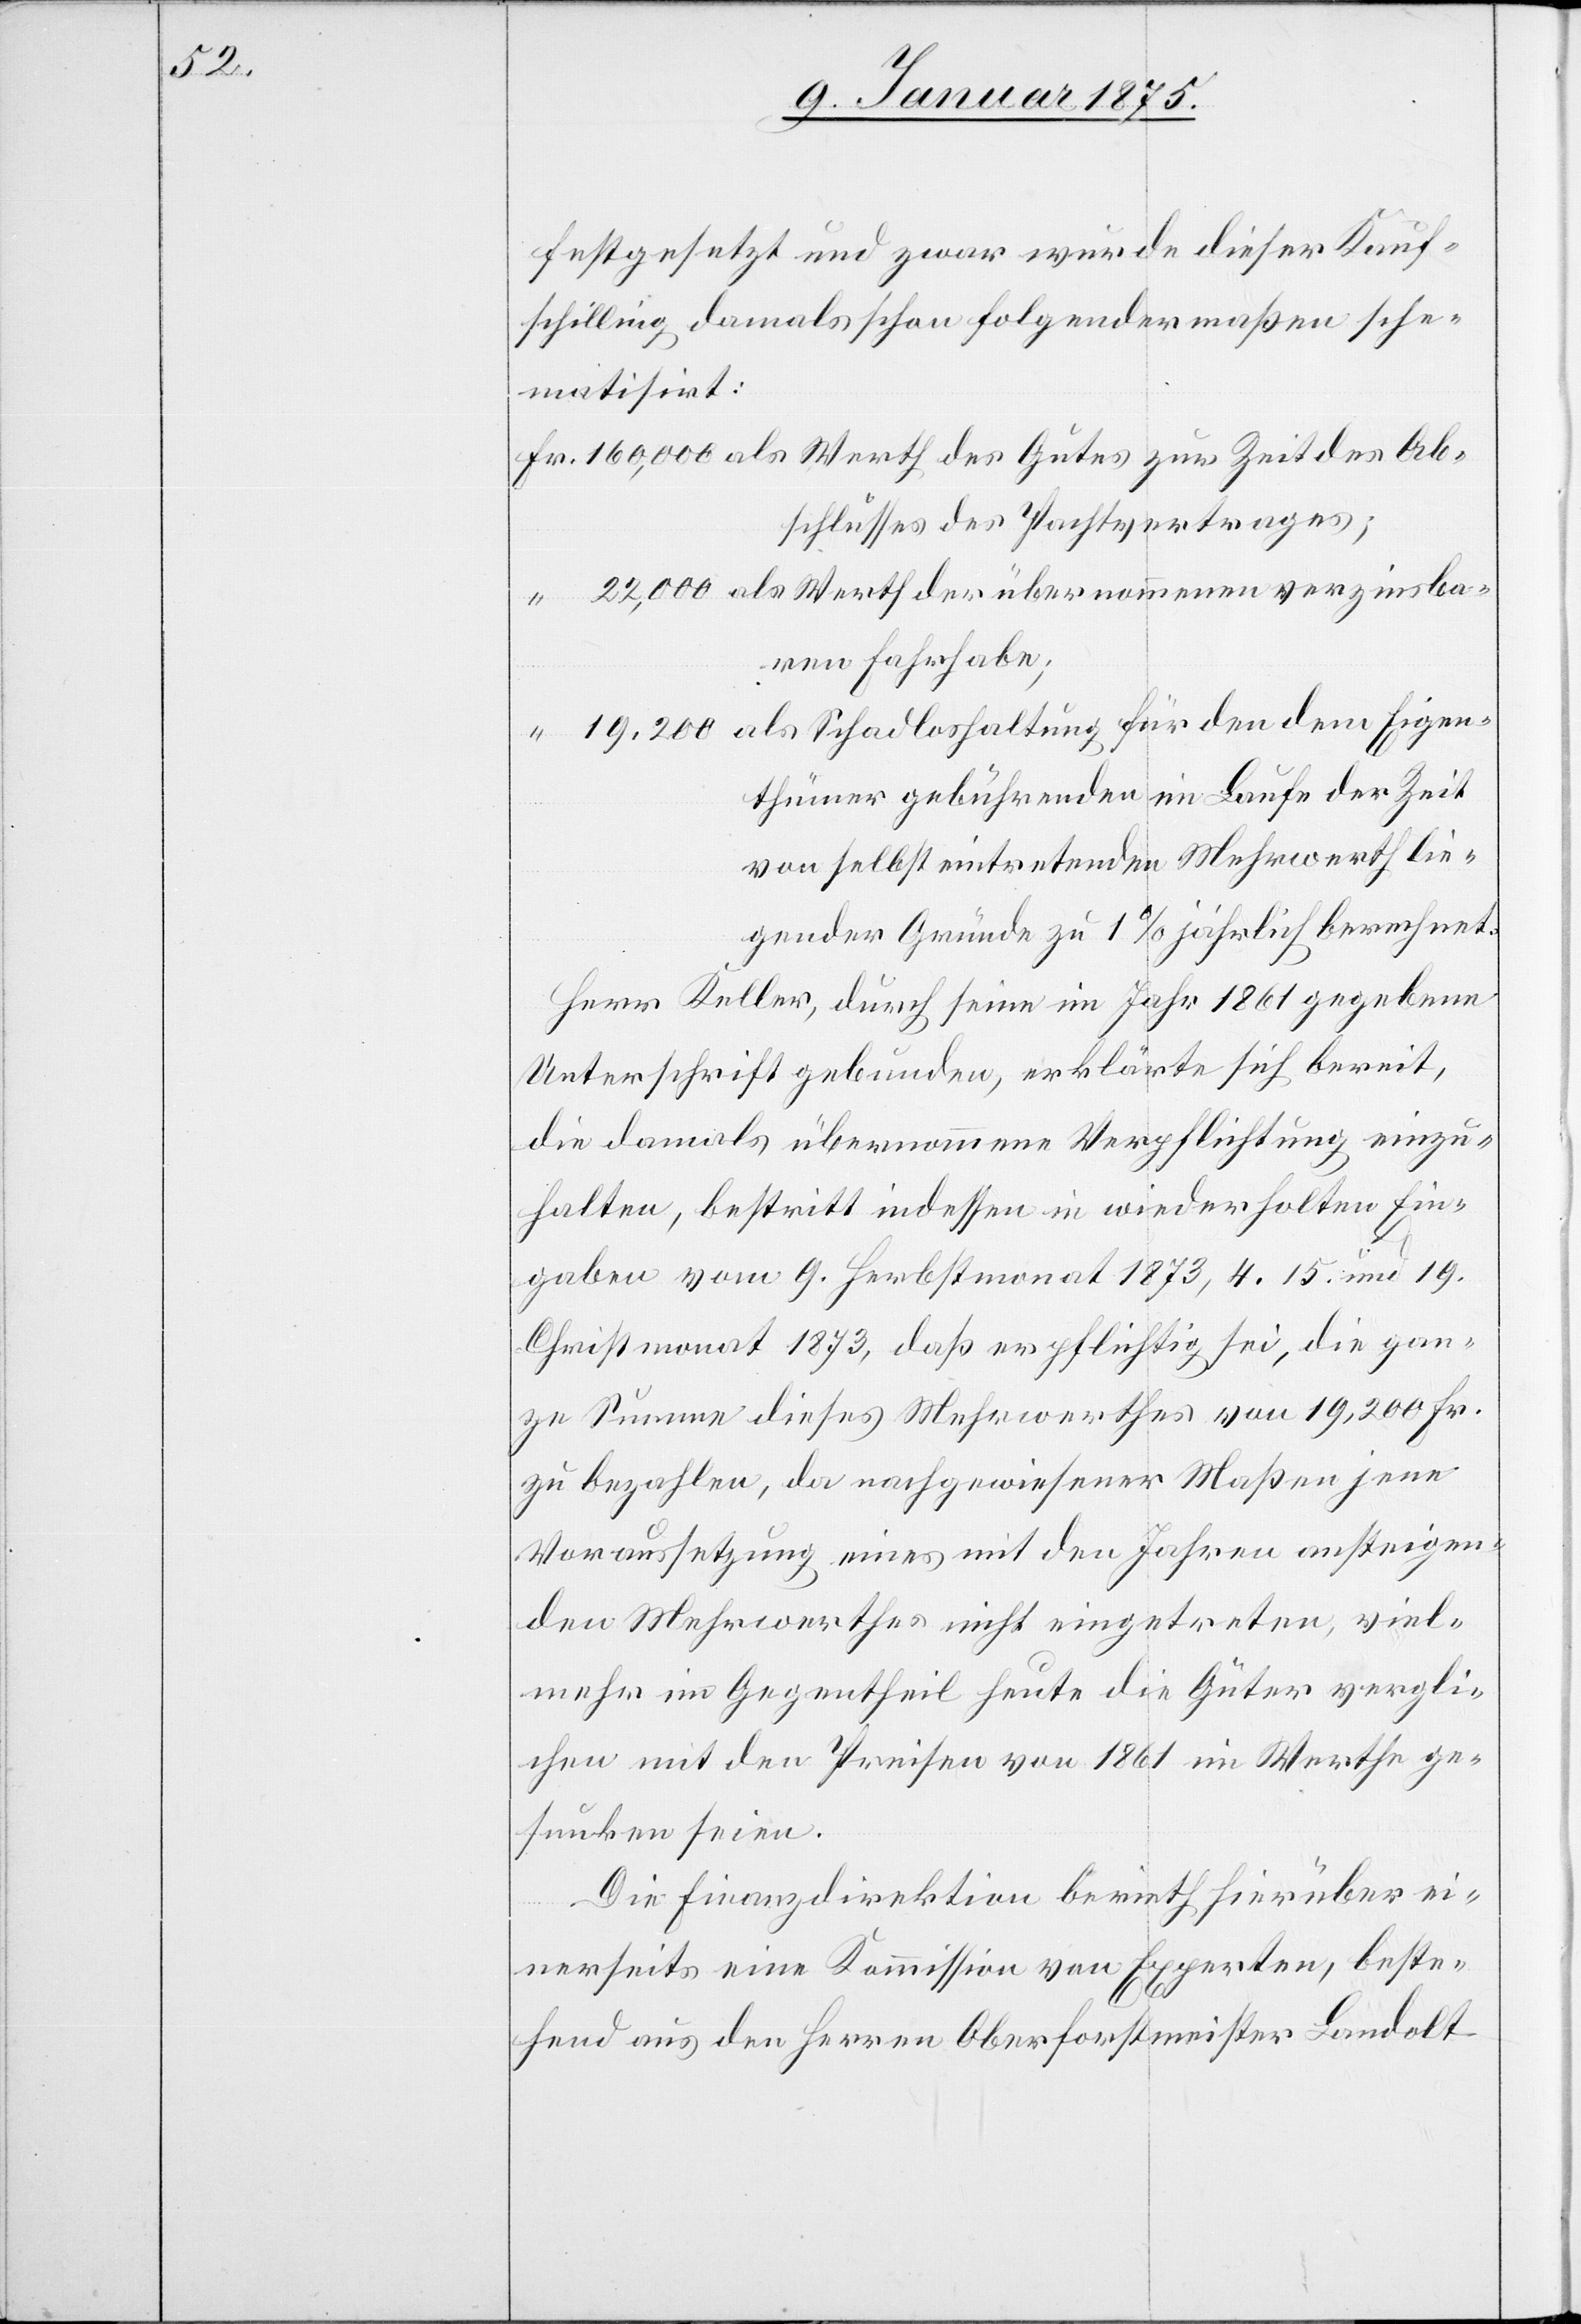
festgesetzt und zwar wurde dieser Kauf¬
schilling damals schon folgendermaßen sche¬
matisirt:
schlusses des Pachtvertrages;
aren Fahrhabe;
thümer gebührenden im Laufe der Zeit
von selbst eintretenden Mehrwerth lie¬
gender Gründe zu1% jährlich berechnet.
Herr Keller, durch seine im Jahr 1861 gegebene
Unterschrift gebunden, erklärte sich bereit,
die damals übernommene Verpflichtung einzu¬
halten, bestritt indessen in widerholten Ein¬
gaben vom 9. Herbstmonat 1873, 4. 15. und 19.
Christmonat 1873, daß er pflichtig sei, die gan¬
ze Summe dieses Mehrwerthes von 19,200 Fr.
zu bezahlen, da nachgewiesener Maßen jene
Voraussetzung eines mit den Jahren ansteigen¬
den Mehrwerthes nicht eingetreten, viel¬
mehr im Gegentheil heute die Güter vergli¬
chen mit den Preisen von 1861 im Werth ge¬
sunken seien.
Die Finanzdirektion berieth hierüber ei¬
Eigen¬
nerseits eine Kommission von Experten, beste¬
hend aus den Herren Oberforstmeister Landolt